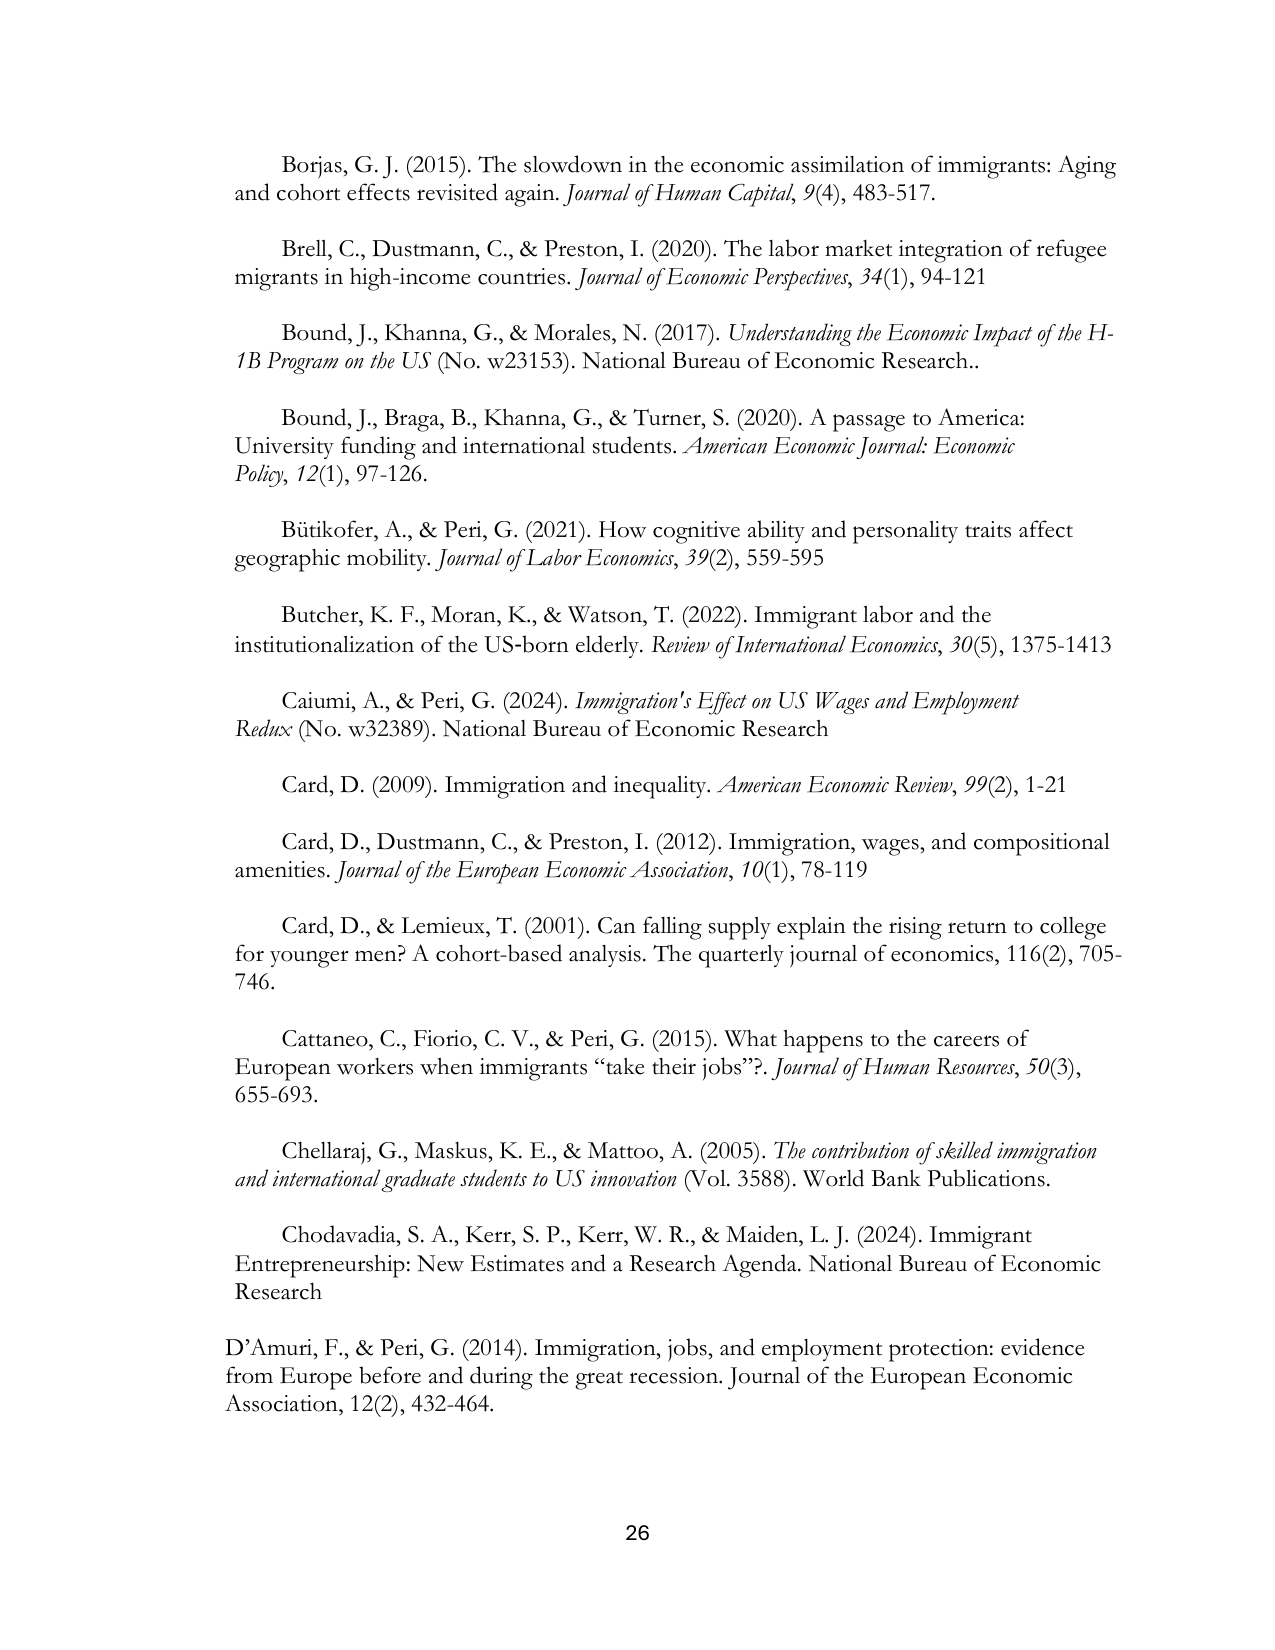
Borjas, G. J. (2015). The slowdown in the economic assimilation of immigrants: Aging and cohort effects revisited again. Journal of Human Capital, 9(4), 483-517.

Brell, C., Dustmann, C., & Preston, I. (2020). The labor market integration of refugee migrants in high-income countries. Journal of Economic Perspectives, 34(1), 94-121

Bound, J., Khanna, G., & Morales, N. (2017). Understanding the Economic Impact of the H-1B Program on the US (No. w23153). National Bureau of Economic Research.

Bound, J., Braga, B., Khanna, G., & Turner, S. (2020). A passage to America: University funding and international students. American Economic Journal: Economic Policy, 12(1), 97-126.

Bütikofer, A., & Peri, G. (2021). How cognitive ability and personality traits affect geographic mobility. Journal of Labor Economics, 39(2), 559-595

Butcher, K. F., Moran, K., & Watson, T. (2022). Immigrant labor and the institutionalization of the US-born elderly. Review of International Economics, 30(5), 1375-1413

Caiumi, A., & Peri, G. (2024). Immigration's Effect on US Wages and Employment Redux (No. w32389). National Bureau of Economic Research

Card, D. (2009). Immigration and inequality. American Economic Review, 99(2), 1-21

Card, D., Dustmann, C., & Preston, I. (2012). Immigration, wages, and compositional amenities. Journal of the European Economic Association, 10(1), 78-119

Card, D., & Lemieux, T. (2001). Can falling supply explain the rising return to college for younger men? A cohort-based analysis. The quarterly journal of economics, 116(2), 705-746.

Cattaneo, C., Fiorio, C. V., & Peri, G. (2015). What happens to the careers of European workers when immigrants “take their jobs”? Journal of Human Resources, 50(3), 655-693.

Chellaraj, G., Maskus, K. E., & Mattoo, A. (2005). The contribution of skilled immigration and international graduate students to US innovation (Vol. 3588). World Bank Publications.

Chodavadia, S. A., Kerr, S. P., Kerr, W. R., & Maiden, L. J. (2024). Immigrant Entrepreneurship: New Estimates and a Research Agenda. National Bureau of Economic Research

D’Amuri, F., & Peri, G. (2014). Immigration, jobs, and employment protection: evidence from Europe before and during the great recession. Journal of the European Economic Association, 12(2), 432-464.

26